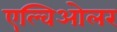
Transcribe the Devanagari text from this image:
एल्विओलर